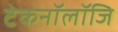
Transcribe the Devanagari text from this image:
टेकनॉलॉजि